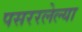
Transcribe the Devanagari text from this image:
पसररलेल्या